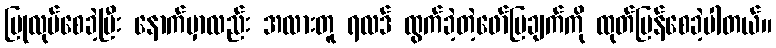
ပြုလုပ်စေခဲ့ပြီး နောက်မှာလည်း အလားတူ ရလဒ် ထွက်ခဲ့တဲ့ဖော်ပြချက်ကို ထုတ်ပြန်စေခဲ့ပါတယ်။